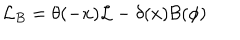
LaTeX: { \cal L } _ { B } = \theta ( - x ) { \cal L } - \delta ( x ) { \cal B } ( \phi )